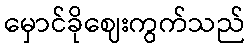
မှောင်ခိုဈေးကွက်သည်